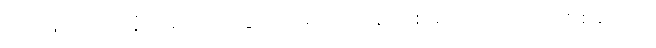
အားဖြင့်။ ဒဿနံ၊ ပြသော သဒ္ဒါတည်း။ ဒေသနာ ဝိစယောတိ အာဒိ၊ အစရှိသော